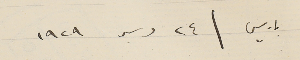
باريس \ ٢٤ دسمبر ١٩٢٩